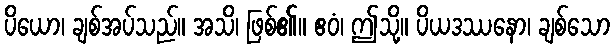
ပိယော၊ ချစ်အပ်သည်။ အသိ၊ ဖြစ်၏။ ဧဝံ၊ ဤသို့။ ပိယဒဿနော၊ ချစ်သော